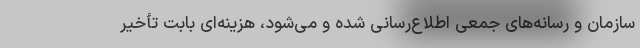
سازمان و رسانه‌های جمعی اطلاع‌رسانی شده و می‌شود، هزینه‌ای بابت تأخیر